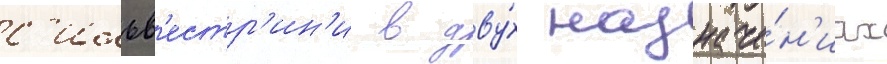
с'ильв'естр'ин'и в дву́х назначе́н'иах